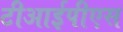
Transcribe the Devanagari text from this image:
टीआईपीएस